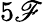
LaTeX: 5\mathscr{F}